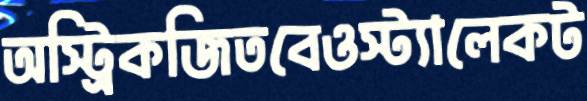
অস্ট্রিকজিতবেওস্ট্যালেকট